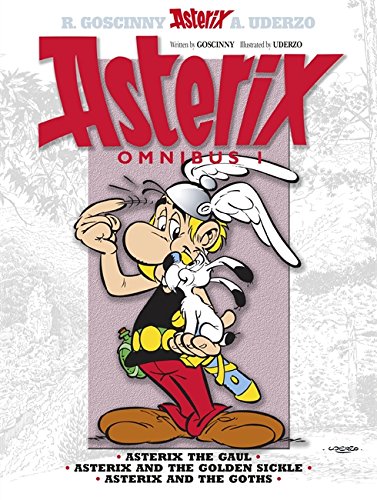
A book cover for Asterix Omnibus 1: Includes Asterix the Gaul #1, Asterix and the Golden Sickle #2, Asterix and the Goths #3; Rene Goscinny; Comics & Graphic Novels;